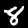
Label: 8